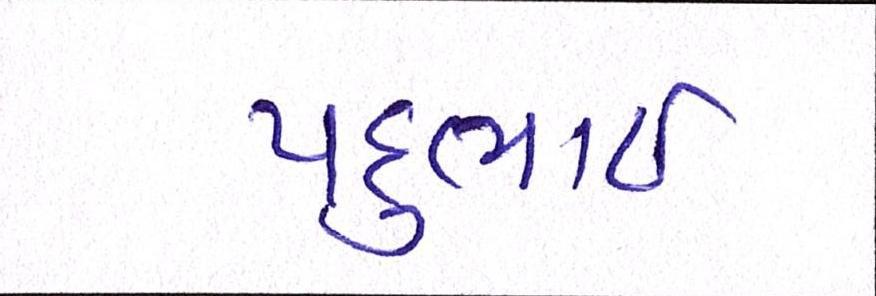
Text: પદુભાઈ